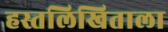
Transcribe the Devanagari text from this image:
हस्तलिखिताला